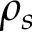
\rho _ { s }